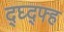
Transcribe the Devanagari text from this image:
द्घ्द्फ्ह